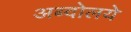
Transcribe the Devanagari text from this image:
अब्दोलये